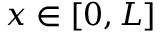
x \in [ 0 , L ]